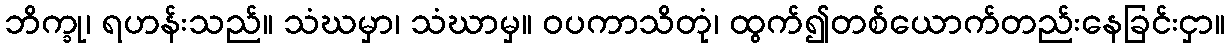
ဘိက္ခု၊ ရဟန်းသည်။ သံဃမှာ၊ သံဃာမှ။ ဝပကာသိတုံ၊ ထွက်၍တစ်ယောက်တည်းနေခြင်းငှာ။